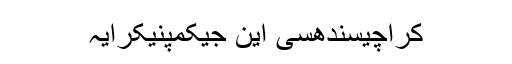
کراچیسندھسی این جیکمپنیکرایہ